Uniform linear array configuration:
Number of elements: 24
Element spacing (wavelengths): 0.25
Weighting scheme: exponential
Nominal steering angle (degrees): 30
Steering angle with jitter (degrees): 31.418
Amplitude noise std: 0.05
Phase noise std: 0.05

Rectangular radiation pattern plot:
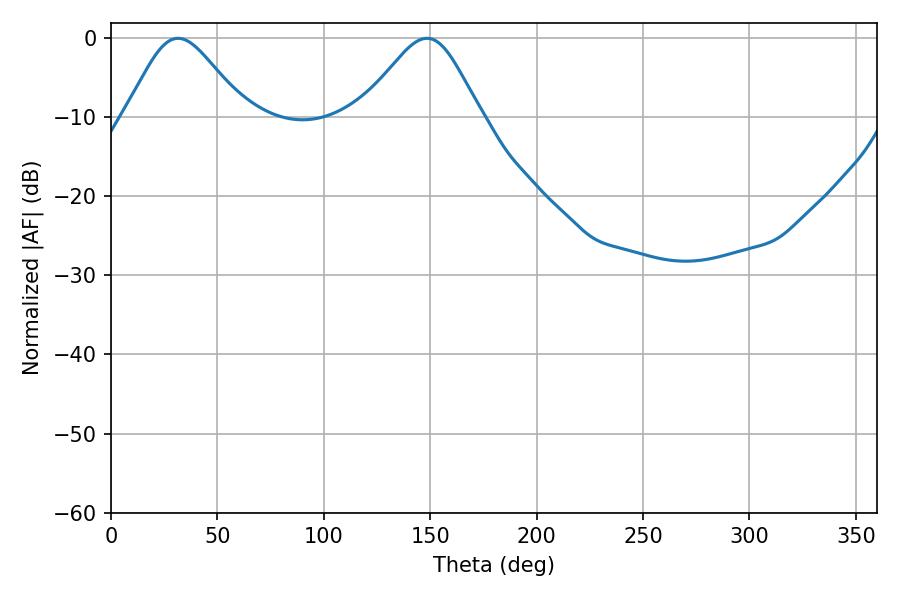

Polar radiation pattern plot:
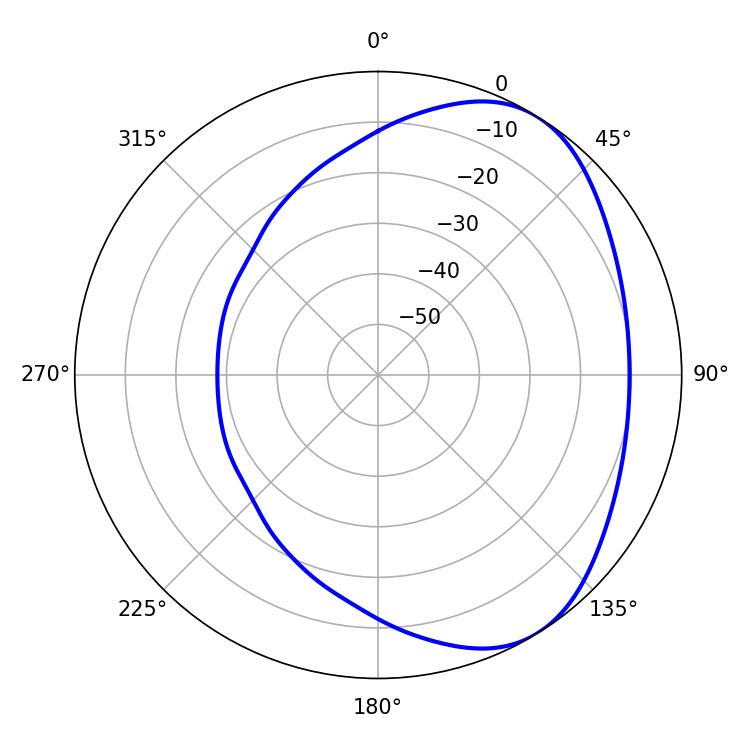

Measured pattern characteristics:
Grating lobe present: FALSE
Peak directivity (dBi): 4.682
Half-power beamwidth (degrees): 27.72
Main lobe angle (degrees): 31.5